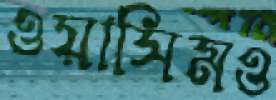
ওয়াসিমও